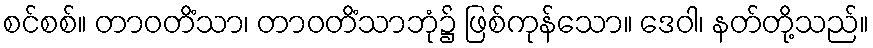
စင်စစ်။ တာဝတိံသာ၊ တာဝတိံသာဘုံ၌ ဖြစ်ကုန်သော။ ဒေဝါ၊ နတ်တို့သည်။